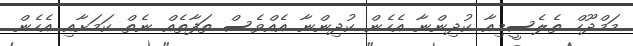
މަމްދޫހް ތެލެސީމިއާ ކުދިންނާ އެހެން ކުދިންނާ އެއްވެސް ތަފާތެއް ނެތް ކަމަށާއި އެހެން